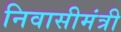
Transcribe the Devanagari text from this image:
निवासीमंत्री